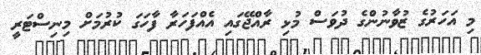
މި އަހަރުގެ ޒުވާނުންގެ ދުވަސް މުޅި ރާއްޖޭގައި އެއްފަހަރާ ފާހަގަ ކުރުމަށް މިނިސްޓަރީ